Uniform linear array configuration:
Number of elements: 32
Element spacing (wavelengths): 0.75
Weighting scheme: cosine
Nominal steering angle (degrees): -15
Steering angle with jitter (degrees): -13.143
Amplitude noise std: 0.05
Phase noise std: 0.05

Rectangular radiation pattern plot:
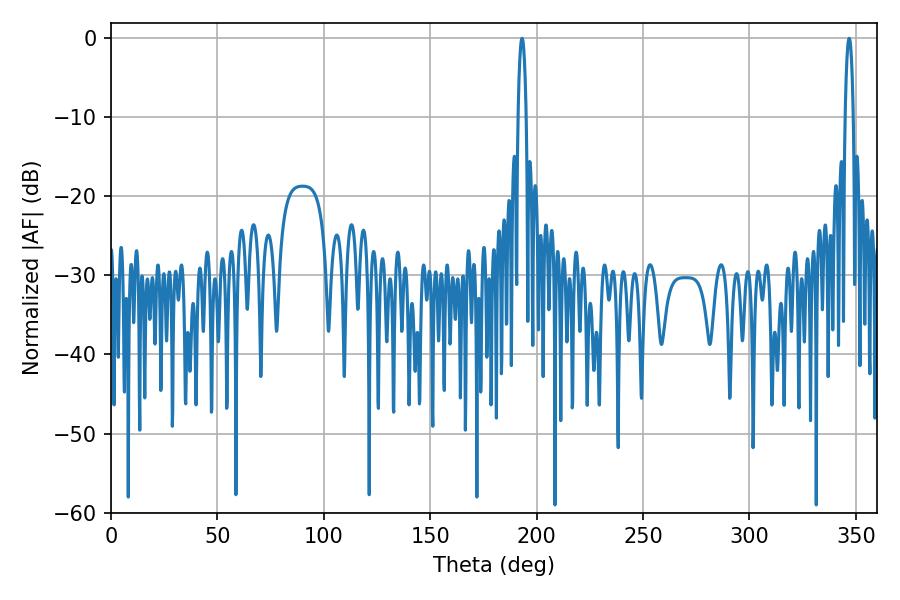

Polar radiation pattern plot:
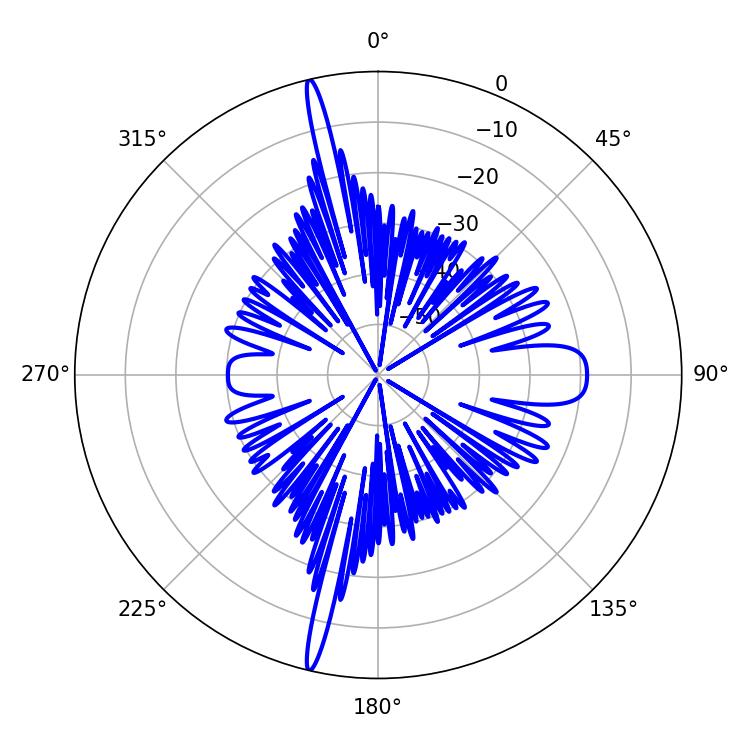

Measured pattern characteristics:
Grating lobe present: TRUE
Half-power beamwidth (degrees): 2.16
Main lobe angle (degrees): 193.14